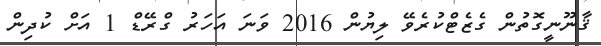
ޤާނޫނީގޮތުން ގެޒެޓްކުރެވޭ ލިޔުން 2016 ވަނަ އަހަރު ގްރޭޑް 1 އަށް ކުދިން